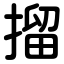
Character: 㨨